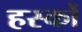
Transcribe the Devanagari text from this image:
हर्स्को